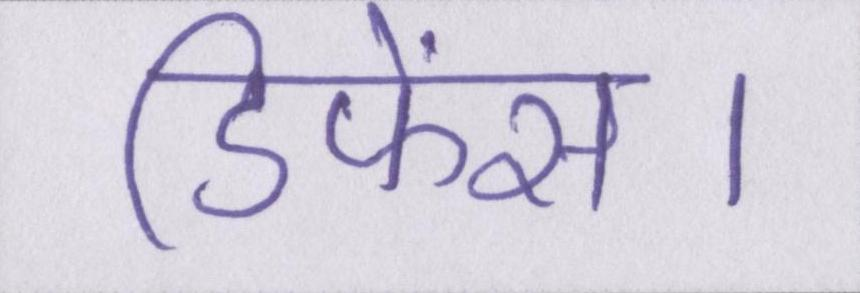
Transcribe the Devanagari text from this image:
डिफेंस।